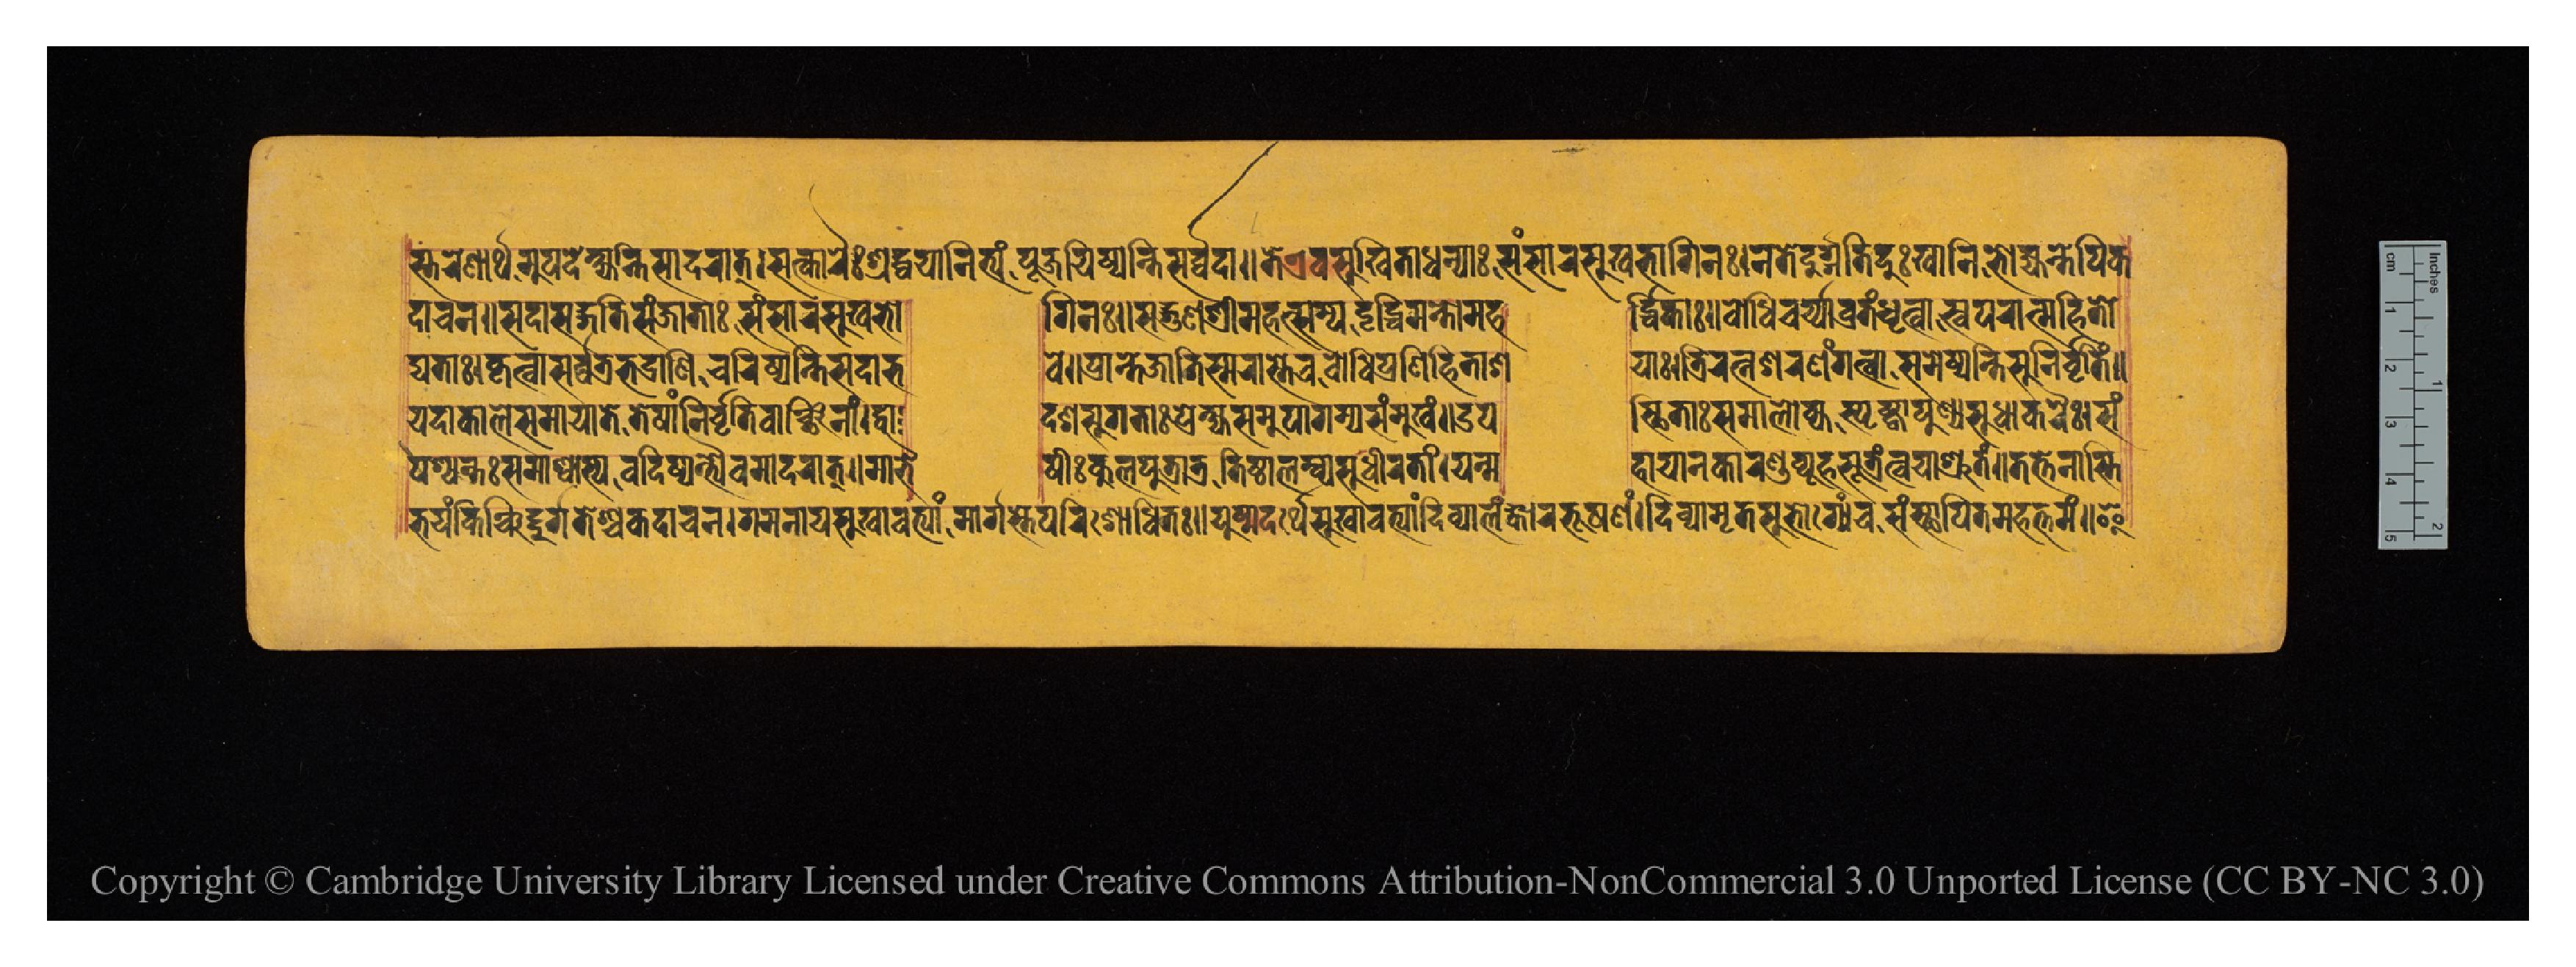
𑐳𑑂𑐟𑐬𑐾𑐞𑐵𑐬𑑂𑐠𑐩𑐸𑐥𑐡𑐾𑐲𑑂𑐫𑐣𑑂𑐟𑐶𑐳𑐵𑐡𑐬𑐵𑐟𑑂𑑋𑐳𑐟𑑂𑐎𑐵𑐬𑐿𑑅𑐱𑑂𑐬𑐡𑑂𑐢𑐫𑐵𑐣𑐶𑐟𑑂𑐫𑑄𑐥𑐹𑐖𑐫𑐶𑐲𑑂𑐫𑐣𑑂𑐟𑐶𑐳𑐬𑑂𑐰𑑂𑐰𑐡𑐵𑑌𑐟𑐾𑐊𑐰𑐳𑐸𑐏𑐶𑐟𑐵𑐢𑐣𑑂𑐫𑐵𑑅𑐳𑑄𑐳𑐵𑐬𑐳𑐸𑐏𑐨𑐵𑐐𑐶𑐣𑑅𑑋𑐣𑐟𑐾𑐡𑐸𑐬𑑂𑐐𑐟𑐶𑐡𑐸𑑅𑐏𑐵𑐣𑐶𑐨𑑀𑐖𑑂𑐫𑐣𑑂𑐟𑐾𑐥𑐶𑐎 𑐡𑐵𑐔𑐣𑑌𑐳𑐡𑐵𑐳𑐡𑑂𑐐𑐟𑐶𑐳𑐘𑑂𑐖𑐵𑐟𑐵𑑅𑐳𑑄𑐳𑐵𑐬𑐳𑐸𑐏𑐨𑑀       𑐐𑐶𑐣𑑅𑑋𑐳𑐡𑑂𑐐𑐸𑐞𑐱𑑂𑐬𑐷𑐩𑐴𑐟𑑂𑐳𑐥𑐡𑐺𑐡𑑂𑐢𑐶𑐩𑐣𑑂𑐟𑑀𑐩𑐴  𑐬𑑂𑐡𑑂𑐢𑐶𑐎𑐵𑑅𑑋𑐧𑑀𑐢𑐶𑐔𑐬𑑂𑐫𑐵𑐰𑑂𑐬𑐟𑑄𑐢𑐺𑐟𑑂𑐰𑐵𑐳𑑂𑐰𑐥𑐬𑐵𑐟𑑂𑐩𑐴𑐶𑐟𑑀 𑐡𑑂𑐫𑐟𑐵𑑅𑑋𑐎𑐺𑐟𑑂𑐰𑐵𑐳𑐬𑑂𑐰𑑂𑐰𑐟𑑂𑐬𑐨𑐡𑑂𑐬𑐵𑐞𑐶𑐔𑐬𑐶𑐲𑑂𑐫𑐣𑑂𑐟𑐶𑐳𑐡𑐵𑐨  𑐰𑐾𑑌𑐥𑑂𑐬𑐵𑐣𑑂𑐟𑐾𑐖𑐵𑐟𑐶𑐳𑑂𑐩𑐬𑐵𑐳𑑂𑐟𑐾𑐔𑐧𑑀𑐢𑐶𑐥𑑂𑐬𑐞𑐶𑐴𑐶𑐟𑐵𑐱  𑐫𑐵𑑅𑑋𑐟𑑂𑐬𑐶𑐬𑐟𑑂𑐣𑐱𑐬𑐞𑑄𑐐𑐟𑑂𑐰𑐵𑐳𑐩𑐾𑐲𑑂𑐫𑐣𑑂𑐟𑐶𑐳𑐸𑐣𑐶𑐬𑑂𑐰𑐺𑐟𑐶𑑄𑑌 𑐫𑐡𑐵𑐎𑐵𑐮𑐾𑐳𑐩𑐵𑐫𑐵𑐟𑐾𑐟𑐾𑐲𑐵𑑄𑐣𑐶𑐬𑑂𑐰𑐺𑐟𑐶𑐰𑐵𑐘𑑂𑐕𑐶𑐣𑐵𑑄𑑋𑐡𑑂𑐰𑐵  𑐡𑐱𑐵𑐳𑐸𑐐𑐟𑐵𑑅𑐥𑑂𑐬𑐾𑐎𑑂𑐲𑑂𑐫𑐳𑐩𑐸𑐥𑐵𑐐𑐩𑑂𑐫𑐳𑐩𑑂𑐩𑐸𑐏𑑄𑑌𑐄𑐥  𑐳𑑂𑐠𑐶𑐟𑐵𑑅𑐳𑐩𑐵𑐮𑑀𑐎𑑂𑐫𑐳𑑂𑐥𑐺𑐲𑑂𑐚𑑂𑐰𑐵𑐥𑐸𑐞𑑂𑐫𑐳𑐸𑐢𑐵𑐎𑐬𑐿𑑅𑑋𑐳𑑄 𑐨𑐫𑑄𑐎𑐶𑐘𑑂𑐔𑐶𑐡𑐡𑐸𑐬𑑂𑐐𑐟𑐾𑐱𑑂𑐔𑐎𑐡𑐵𑐔𑐣𑑋𑐐𑐩𑐣𑐵𑐫𑐳𑐸𑐏𑐵𑐰𑐟𑑂𑐫𑐵𑑄𑐩𑐵𑐬𑑂𑐐𑐾𑐳𑑂𑐟𑐾𑐥𑐬𑐶𑐱𑑀𑐢𑐶𑐟𑑅𑑋𑐫𑐸𑐲𑑂𑐩𑐡𑐬𑑂𑐠𑐾𑐳𑐸𑐏𑐵𑐰𑐟𑑂𑐫𑐵𑑄𑐡𑐶𑐰𑑂𑐫𑐵𑐮𑑄𑐎𑐵𑐬𑐨𑐹𑐲𑐞𑑄𑑋𑐡𑐶𑐰𑑂𑐫𑐵𑐩𑐺𑐟𑐳𑐸𑐨𑑀𑐐𑑂𑐫𑐘𑑂𑐔𑐳𑑄𑐳𑑂𑐠𑐵𑐥𑐶𑐟𑐩𑐴𑐟𑑂𑐟𑐩𑑄𑑌𑐂 𑐥𑐱𑑂𑐫𑐣𑑂𑐟𑑅𑐳𑐩𑐵𑐱𑑂𑐰𑐵𑐳𑑂𑐫𑐩𑐵𑐣𑐫𑐣𑑂𑐟𑑂𑐫𑐾𑐰𑐩𑐵𑐡𑐬𑐵𑐟𑑂𑑌𑐩𑐵𑐨𑐿  𑐲𑐷𑑅𑐎𑐸𑐮𑐥𑐸𑐟𑑂𑐬𑐵𑐟𑑂𑐬𑐟𑐶𑐲𑑂𑐛𑐵𑐮𑑄𑐰𑑂𑐫𑐳𑐸𑐢𑐷𑐬𑐟𑐵𑑄𑑋𑐫𑐣𑑂𑐩  𑐴𑐵𑐫𑐵𑐣𑐎𑐵𑐬𑐞𑑂𑐫𑐹𑐴𑐳𑐹𑐟𑑂𑐬𑑄𑐟𑑂𑐰𑐫𑐵𑐱𑑂𑐬𑐸𑐟𑑄𑑌𑐟𑐟𑑂𑐟𑐾𑐣𑐵𑐳𑑂𑐟𑐶